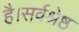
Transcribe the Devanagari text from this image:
है।सर्वश्रेष्ठ